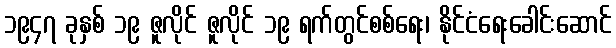
၁၉၄၇ ခုနှစ် ၁၉ ဇူလိုင် ဇူလိုင် ၁၉ ရက်တွင်စစ်ရေး၊ နိုင်ငံရေးခေါင်းဆောင်